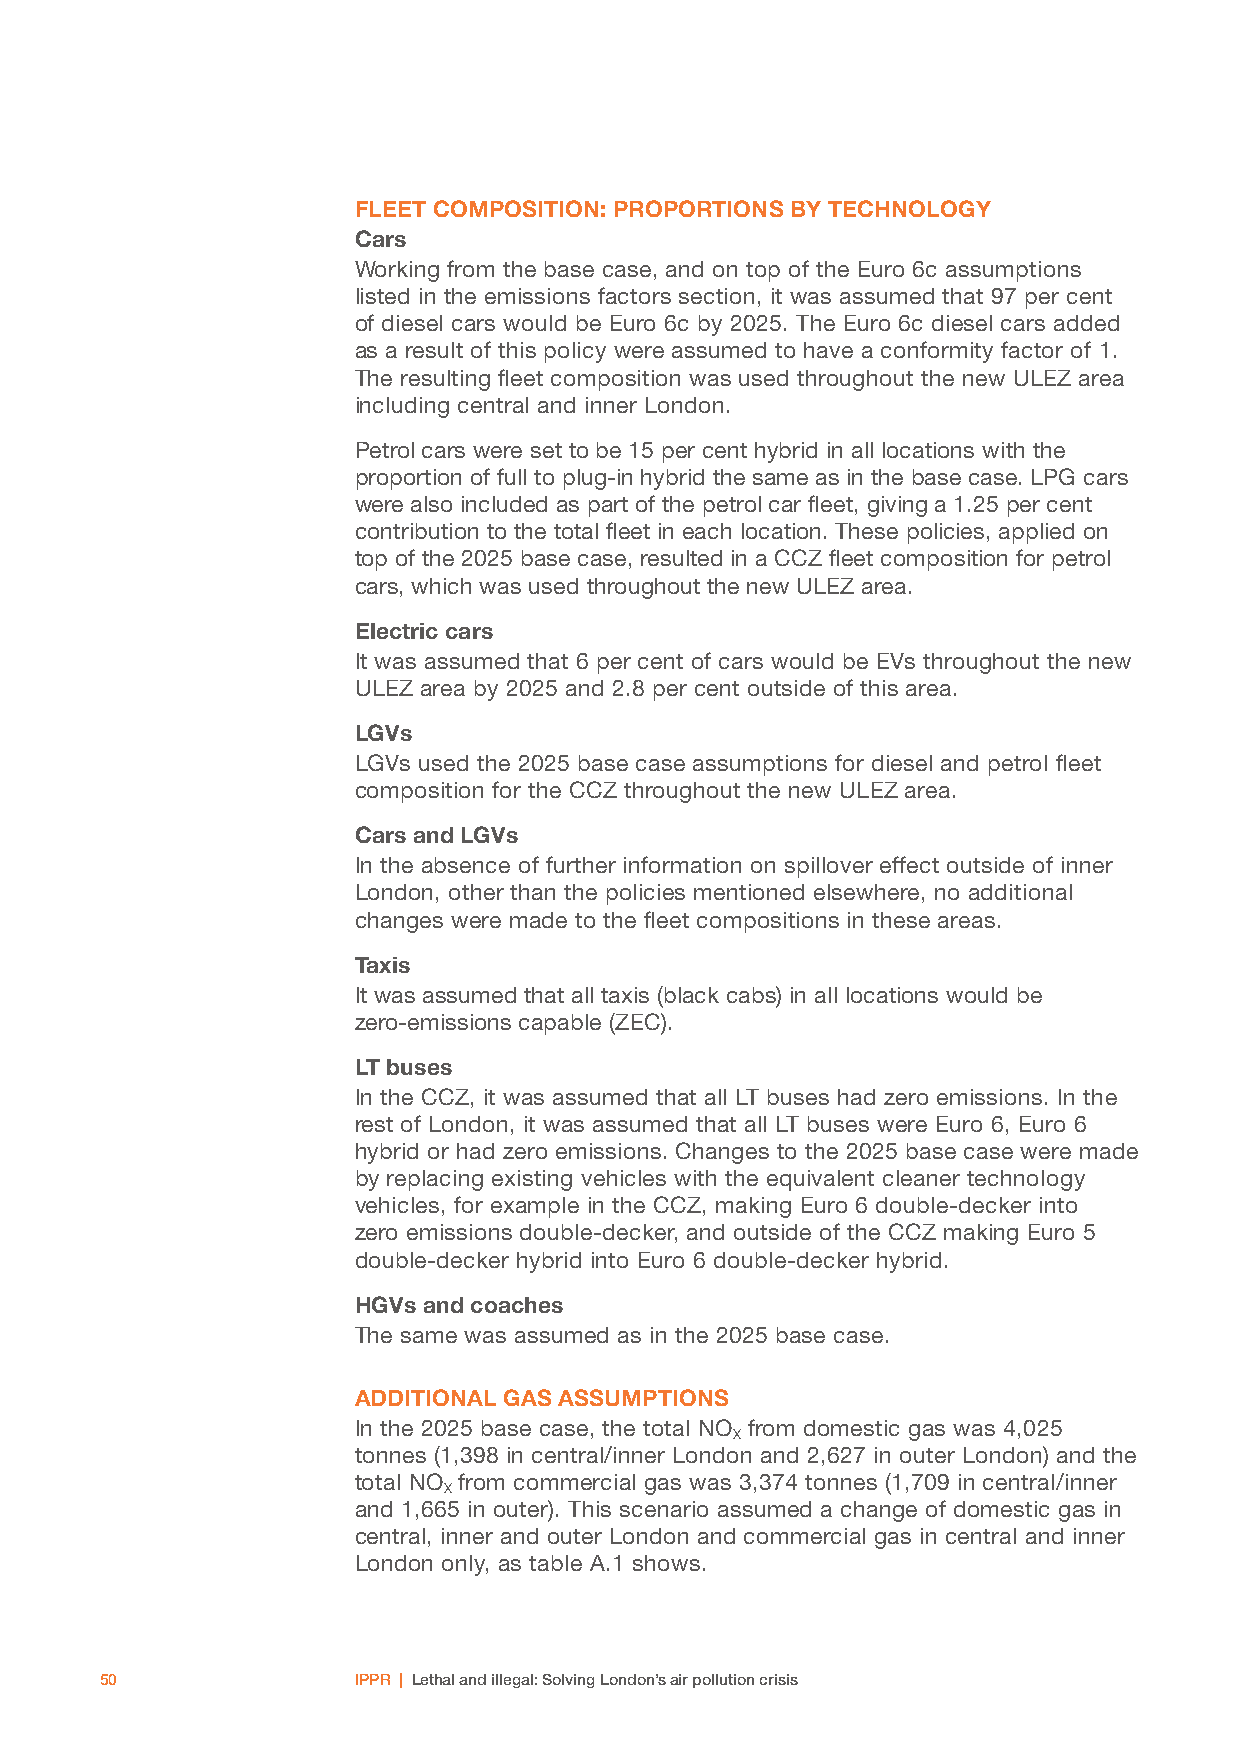
FLEET COMPOSITION: PROPORTIONS BY TECHNOLOGY
 Cars
 Working from the base case, and on top of the Euro 6c assumptions
 listed in the emissions factors section, it was assumed that 97 per cent
 of diesel cars would be Euro 6c by 2025. The Euro 6c diesel cars added
 as a result of this policy were assumed to have a conformity factor of 1.
 The resulting fleet composition was used throughout the new ULEZ area
 including central and inner London.
 Petrol cars were set to be 15 per cent hybrid in all locations with the
 proportion of full to plug-in hybrid the same as in the base case. LPG cars
 were also included as part of the petrol car fleet, giving a 1.25 per cent
 contribution to the total fleet in each location. These policies, applied on
 top of the 2025 base case, resulted in a CCZ fleet composition for petrol
 cars, which was used throughout the new ULEZ area.
 Electric cars
 It was assumed that 6 per cent of cars would be EVs throughout the new
 ULEZ area by 2025 and 2.8 per cent outside of this area.
 LGVs
 LGVs used the 2025 base case assumptions for diesel and petrol fleet
 composition for the CCZ throughout the new ULEZ area.
 Cars and LGVs
 In the absence of further information on spillover effect outside of inner
 London, other than the policies mentioned elsewhere, no additional
 changes were made to the fleet compositions in these areas.
 Taxis
 It was assumed that all taxis (black cabs) in all locations would be
 zero-emissions capable (ZEC).
 LT buses
 In the CCZ, it was assumed that all LT buses had zero emissions. In the
 rest of London, it was assumed that all LT buses were Euro 6, Euro 6
 hybrid or had zero emissions. Changes to the 2025 base case were made
 by replacing existing vehicles with the equivalent cleaner technology
 vehicles, for example in the CCZ, making Euro 6 double-decker into
 zero emissions double-decker, and outside of the CCZ making Euro 5
 double-decker hybrid into Euro 6 double-decker hybrid.
 HGVs and coaches
 The same was assumed as in the 2025 base case.
 ADDITIONAL GAS ASSUMPTIONS
 In the 2025 base case, the total NO from domestic gas was 4,025
 X
 tonnes (1,398 in central/inner London and 2,627 in outer London) and the
 total NO from commercial gas was 3,374 tonnes (1,709 in central/inner
 X
 and 1,665 in outer). This scenario assumed a change of domestic gas in
 central, inner and outer London and commercial gas in central and inner
 London only, as table A.1 shows.
 50              IPPR | Lethal and illegal: Solving London’s air pollution crisis